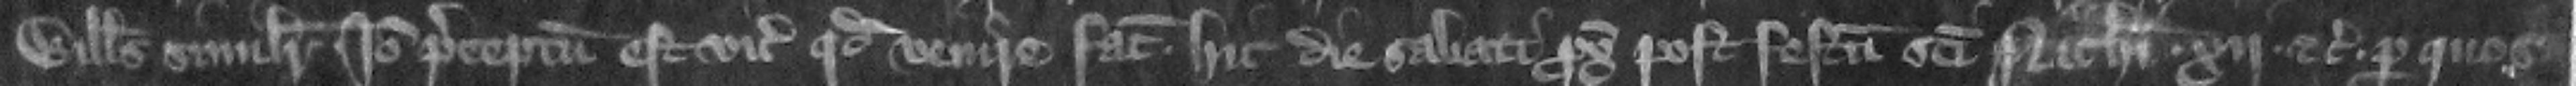
Willelmus similiter. Ideo preceptum est vicecomiti quod venire faciat hic die Sabati proximo post festum Sancti Nicholai . xij. etc. per quos